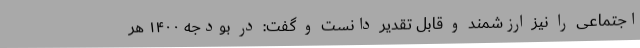
اجتماعی را نیز ارزشمند و قابل تقدیر دانست و گفت: در بودجه ۱۴۰۰ هر